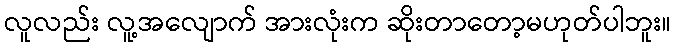
လူလည်း လူ့အလျောက် အားလုံးက ဆိုးတာတော့မဟုတ်ပါဘူး။